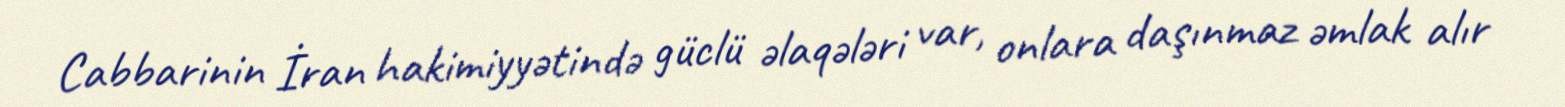
Cabbarinin İran hakimiyyətində güclü əlaqələri var, onlara daşınmaz əmlak alır